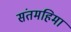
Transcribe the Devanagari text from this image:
संतमहिमा